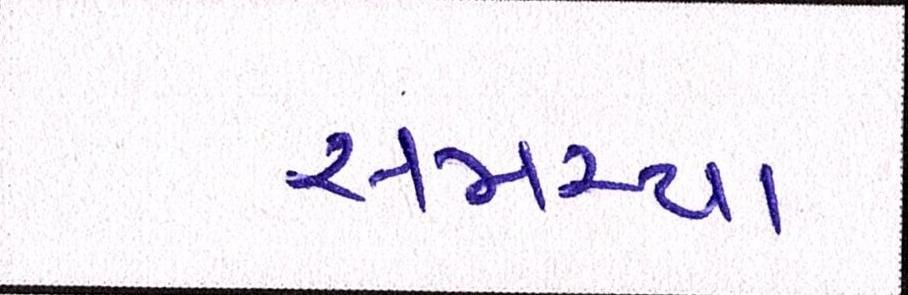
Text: સમસ્યા